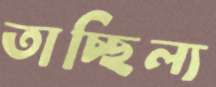
তাচ্ছিল্য